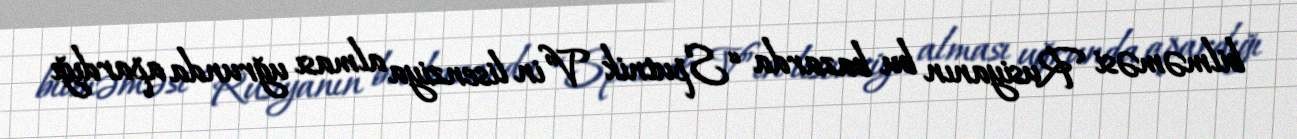
bilməməsi Rusiyanın bu bazarda “Sputnik V”in lisenziya alması uğrunda apardığı